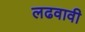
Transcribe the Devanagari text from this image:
लढवावी